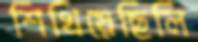
শিখিয়েছিলি